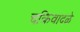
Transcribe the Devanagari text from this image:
चक्रिवादळे